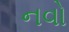
નવો